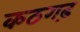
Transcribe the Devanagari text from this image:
कठगढ़